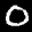
Label: 0